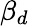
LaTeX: \beta_{d}